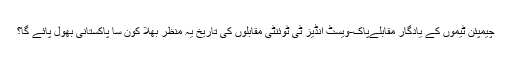
چیمپئن ٹیموں کے یادگار مقابلےپاک-ویسٹ انڈیز ٹی ٹوئنٹی مقابلوں کی تاریخ یہ منظر بھلا کون سا پاکستانی بھول پائے گا؟